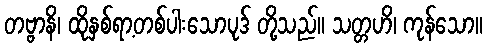
တဗ္ဗာနိ၊ ထိုနှစ်ရာ့တစ်ပါးသောပုဒ် တို့သည်။ သတ္တဟိ၊ ကုန်သော။